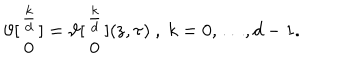
LaTeX: \vartheta [ \begin{array} { c } { { \frac { k } { d } } } \\ { { 0 } } \\ \end{array} ] = \vartheta [ \begin{array} { c } { { \frac { k } { d } } } \\ { { 0 } } \\ \end{array} ] ( \mathrm { z } , \tau ) \ , \ k = 0 , \ldots , d - 1 .